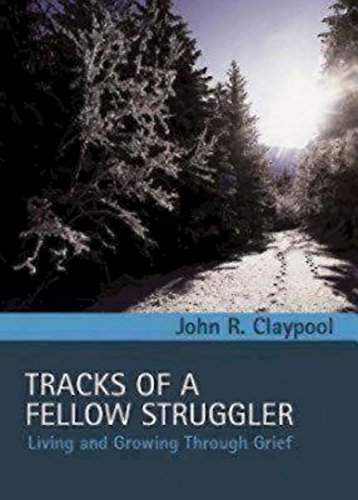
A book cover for Tracks of a Fellow Struggler: Living and Growing through Grief; John R. Claypool; Christian Books & Bibles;